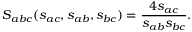
S _ { a b c } ( s _ { a c } , s _ { a b } , s _ { b c } ) = \frac { 4 s _ { a c } } { s _ { a b } s _ { b c } } .